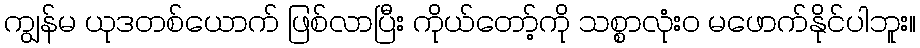
ကျွန်မ ယုဒတစ်ယောက် ဖြစ်လာပြီး ကိုယ်တော့်ကို သစ္စာလုံးဝ မဖောက်နိုင်ပါဘူး။